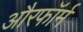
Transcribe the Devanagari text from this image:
औरफॉर्म